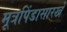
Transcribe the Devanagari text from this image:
मूत्रपिंडासारखे